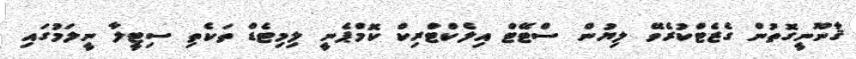
ޤާނޫނީގޮތުން ގެޒެޓްކުރެވޭ ލިޔުން ސްޓޭޓް އިލެކްޓްރިކް ކޮމްޕެނީ ލިމިޓެޑް ތަކެތި ސިޓީލާ ނީލަމުގައި